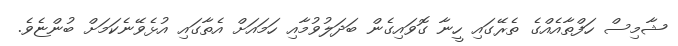
ޝާމިސް ހަފްތާއެއްގެ ތެރޭގައި ހީނާ ގޮވައިގެން ބަދަލުވުމާއި ހަމައަށް އެތާގައި އުޅެވޭނެކަމަށް ބުންޏެވެ.